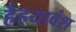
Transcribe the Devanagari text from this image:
हैहयावंश